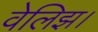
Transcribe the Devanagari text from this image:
वेलिझ।